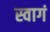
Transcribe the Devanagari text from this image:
स्वागं